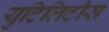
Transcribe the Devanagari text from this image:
युटिलिटीस